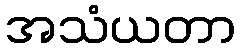
အသံယတာ